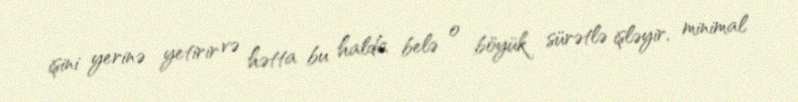
işini yerinə yetirir və hətta bu halda belə o böyük sürətlə işləyir, minimal